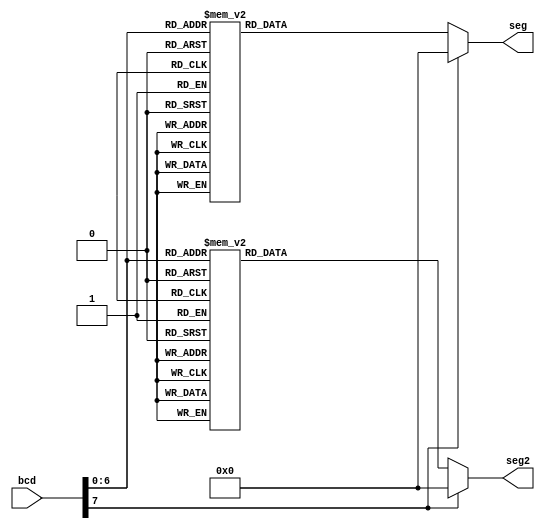
module display(
            bcd,
            seg,
			seg2
            );
    input [7:0] bcd;    //initializing bcd as an 4 bit input signal
    output[6:0] seg;    //initializing seg as an 8 bit output signal
	output [6:0] seg2;
    reg [6:0] seg;      //initializing bcd signal as registers
    reg [6:0] seg2;      //initializing bcd signal as registers
     
    always @ (bcd)      //using the always statement to indicate any change in the bcd signal results in evaluating the declared cases
    begin
        case(bcd)   //begining the case statement which evaluates the bcd value and assigns the appropriate contol signals to our 8bit output signal).
            0: seg = 7'b0111111;   //when bcd = 0
            1: seg = 7'b0000110;   //when bcd = 1
            2: seg = 7'b1011011;   //when bcd = 2
            3: seg = 7'b1001111;   //when bcd = 3
            4: seg = 7'b1100110;   //when bcd = 4
            5: seg = 7'b1101101;   //when bcd = 5
            6: seg = 7'b1111101;   //when bcd = 6
            7: seg = 7'b0000111;   //when bcd = 7
            8: seg = 7'b1111111;   //when bcd = 8
            9: seg = 7'b1101111;   //when bcd = 9

            10: seg = 7'b0111111;   //when bcd = 9
            11: seg = 7'b0000110;   //when bcd = 9
            12: seg = 7'b1011011;   //when bcd = 9
            13: seg = 7'b1001111;   //when bcd = 9
            14: seg = 7'b1100110;   //when bcd = 9
            15: seg = 7'b1101101;   //when bcd = 9
            16: seg = 7'b1111101;   //when bcd = 9
            17: seg = 7'b0000111;   //when bcd = 9
            18: seg = 7'b1111111;   //when bcd = 9
            19: seg = 7'b1101111;   //when bcd = 9

            20: seg = 7'b0111111;   //when bcd = 9
            21: seg = 7'b0000110;   //when bcd = 9
            22: seg = 7'b1011011;   //when bcd = 9
            23: seg = 7'b1001111;   //when bcd = 9
            24: seg = 7'b1100110;   //when bcd = 9
            25: seg = 7'b1101101;   //when bcd = 9
            26: seg = 7'b1111101;   //when bcd = 9
            27: seg = 7'b0000111;   //when bcd = 9
            28: seg = 7'b1111111;   //when bcd = 9
            29: seg = 7'b1101111;   //when bcd = 9

            30: seg = 7'b0111111;   //when bcd = 9
            31: seg = 7'b0000110;   //when bcd = 9
            32: seg = 7'b1011011;   //when bcd = 9
            33: seg = 7'b1001111;   //when bcd = 9
            34: seg = 7'b1100110;   //when bcd = 9
            35: seg = 7'b1101101;   //when bcd = 9
            36: seg = 7'b1111101;   //when bcd = 9
            37: seg = 7'b0000111;   //when bcd = 9
            38: seg = 7'b1111111;   //when bcd = 9
            39: seg = 7'b1101111;   //when bcd = 9

            40: seg = 7'b0111111;   //when bcd = 9
            41: seg = 7'b0000110;   //when bcd = 9
            42: seg = 7'b1011011;   //when bcd = 9
            43: seg = 7'b1001111;   //when bcd = 9
            44: seg = 7'b1100110;   //when bcd = 9
            45: seg = 7'b1101101;   //when bcd = 9
            46: seg = 7'b1111101;   //when bcd = 9
            47: seg = 7'b0000111;   //when bcd = 9
            48: seg = 7'b1111111;   //when bcd = 9
            49: seg = 7'b1101111;   //when bcd = 9

            50: seg = 7'b0111111;   //when bcd = 9
            51: seg = 7'b0000110;   //when bcd = 9
            52: seg = 7'b1011011;   //when bcd = 9
            53: seg = 7'b1001111;   //when bcd = 9
            54: seg = 7'b1100110;   //when bcd = 9
            55: seg = 7'b1101101;   //when bcd = 9
            56: seg = 7'b1111101;   //when bcd = 9
            57: seg = 7'b0000111;   //when bcd = 9
            58: seg = 7'b1111111;   //when bcd = 9
            59: seg = 7'b1101111;   //when bcd = 9

            60: seg = 7'b0111111;   //when bcd = 9
            61: seg = 7'b0000110;   //when bcd = 9
            62: seg = 7'b1011011;   //when bcd = 9
            63: seg = 7'b1001111;   //when bcd = 9
            64: seg = 7'b1100110;   //when bcd = 9
            65: seg = 7'b1101101;   //when bcd = 9
            66: seg = 7'b1111101;   //when bcd = 9
            67: seg = 7'b0000111;   //when bcd = 9
            68: seg = 7'b1111111;   //when bcd = 9
            69: seg = 7'b1101111;   //when bcd = 9

            70: seg = 7'b0111111;   //when bcd = 9
            71: seg = 7'b0000110;   //when bcd = 9
            72: seg = 7'b1011011;   //when bcd = 9
            73: seg = 7'b1001111;   //when bcd = 9
            74: seg = 7'b1100110;   //when bcd = 9
            75: seg = 7'b1101101;   //when bcd = 9
            76: seg = 7'b1111101;   //when bcd = 9
            77: seg = 7'b0000111;   //when bcd = 9
            78: seg = 7'b1111111;   //when bcd = 9
            79: seg = 7'b1101111;   //when bcd = 9

            80: seg = 7'b0111111;   //when bcd = 9
            81: seg = 7'b0000110;   //when bcd = 9
            default: seg=7'b0000000;   //any other value
        endcase
        case(bcd)   //begining the case statement which evaluates the bcd value and assigns the appropriate contol signals to our 8bit output signal).
            0: seg2 = 7'b0111111;   //when bcd = 0
            1: seg2 = 7'b0111111;   //when bcd = 1
            2: seg2 = 7'b0111111;   //when bcd = 2
            3: seg2 = 7'b0111111;   //when bcd = 3
            4: seg2 = 7'b0111111;   //when bcd = 4
            5: seg2 = 7'b0111111;   //when bcd = 5
            6: seg2 = 7'b0111111;   //when bcd = 6
            7: seg2 = 7'b0111111;   //when bcd = 7
            8: seg2 = 7'b0111111;   //when bcd = 8
            9: seg2 = 7'b0111111;   //when bcd = 9

            10: seg2 = 7'b0000110;   //when bcd = 9
            11: seg2 = 7'b0000110;   //when bcd = 9
            12: seg2 = 7'b0000110;   //when bcd = 9
            13: seg2 = 7'b0000110;   //when bcd = 9
            14: seg2 = 7'b0000110;   //when bcd = 9
            15: seg2 = 7'b0000110;   //when bcd = 9
            16: seg2 = 7'b0000110;   //when bcd = 9
            17: seg2 = 7'b0000110;   //when bcd = 9
            18: seg2 = 7'b0000110;   //when bcd = 9
            19: seg2 = 7'b0000110;   //when bcd = 9

            20: seg2 = 7'b1011011;   //when bcd = 9
            21: seg2 = 7'b1011011;   //when bcd = 9
            22: seg2 = 7'b1011011;   //when bcd = 9
            23: seg2 = 7'b1011011;   //when bcd = 9
            24: seg2 = 7'b1011011;   //when bcd = 9
            25: seg2 = 7'b1011011;   //when bcd = 9
            26: seg2 = 7'b1011011;   //when bcd = 9
            27: seg2 = 7'b1011011;   //when bcd = 9
            28: seg2 = 7'b1011011;   //when bcd = 9
            29: seg2 = 7'b1011011;   //when bcd = 9

            30: seg2 = 7'b1001111;   //when bcd = 9
            31: seg2 = 7'b1001111;   //when bcd = 9
            32: seg2 = 7'b1001111;   //when bcd = 9
            33: seg2 = 7'b1001111;   //when bcd = 9
            34: seg2 = 7'b1001111;   //when bcd = 9
            35: seg2 = 7'b1001111;   //when bcd = 9
            36: seg2 = 7'b1001111;   //when bcd = 9
            37: seg2 = 7'b1001111;   //when bcd = 9
            38: seg2 = 7'b1001111;   //when bcd = 9
            39: seg2 = 7'b1001111;   //when bcd = 9

            40: seg2 = 7'b1100110;   //when bcd = 9
            41: seg2 = 7'b1100110;   //when bcd = 9
            42: seg2 = 7'b1100110;   //when bcd = 9
            43: seg2 = 7'b1100110;   //when bcd = 9
            44: seg2 = 7'b1100110;   //when bcd = 9
            45: seg2 = 7'b1100110;   //when bcd = 9
            46: seg2 = 7'b1100110;   //when bcd = 9
            47: seg2 = 7'b1100110;   //when bcd = 9
            48: seg2 = 7'b1100110;   //when bcd = 9
            49: seg2 = 7'b1100110;   //when bcd = 9

            50: seg2 = 7'b1101101;   //when bcd = 9
            51: seg2 = 7'b1101101;   //when bcd = 9
            52: seg2 = 7'b1101101;   //when bcd = 9
            53: seg2 = 7'b1101101;   //when bcd = 9
            54: seg2 = 7'b1101101;   //when bcd = 9
            55: seg2 = 7'b1101101;   //when bcd = 9
            56: seg2 = 7'b1101101;   //when bcd = 9
            57: seg2 = 7'b1101101;   //when bcd = 9
            58: seg2 = 7'b1101101;   //when bcd = 9
            59: seg2 = 7'b1101101;   //when bcd = 9

            60: seg2 = 7'b1111101;   //when bcd = 9
            61: seg2 = 7'b1111101;   //when bcd = 9
            62: seg2 = 7'b1111101;   //when bcd = 9
            63: seg2 = 7'b1111101;   //when bcd = 9
            64: seg2 = 7'b1111101;   //when bcd = 9
            65: seg2 = 7'b1111101;   //when bcd = 9
            66: seg2 = 7'b1111101;   //when bcd = 9
            67: seg2 = 7'b1111101;   //when bcd = 9
            68: seg2 = 7'b1111101;   //when bcd = 9
            69: seg2 = 7'b1111101;   //when bcd = 9

            70: seg2 = 7'b0000111;   //when bcd = 9
            71: seg2 = 7'b0000111;   //when bcd = 9
            72: seg2 = 7'b0000111;   //when bcd = 9
            73: seg2 = 7'b0000111;   //when bcd = 9
            74: seg2 = 7'b0000111;   //when bcd = 9
            75: seg2 = 7'b0000111;   //when bcd = 9
            76: seg2 = 7'b0000111;   //when bcd = 9
            77: seg2 = 7'b0000111;   //when bcd = 9
            78: seg2 = 7'b0000111;   //when bcd = 9
            79: seg2 = 7'b0000111;   //when bcd = 9

            80: seg2 = 7'b1111111;   //when bcd = 9
            81: seg2 = 7'b1111111;   //when bcd = 9
            default: seg2=7'b0000000;   //any other value
        endcase
    end
    endmodule